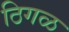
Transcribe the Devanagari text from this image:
ठिगळ